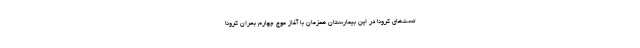
تست‌های کرونا در این بیمارستان همزمان با آغاز موج چهارم بحران کرونا